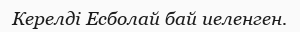
Керелді Есболай бай иеленген.